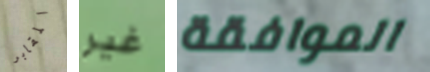
المقابر غير الموافقة